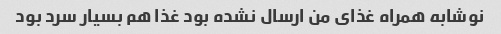
نوشابه همراه غذای من ارسال نشده بود غذا هم بسیار سرد بود